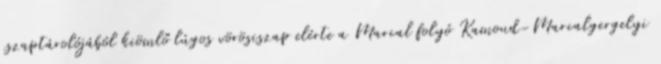
iszaptárolójából kiömlő lúgos vörösiszap elérte a Marcal folyó Kamond-Marcalgergelyi